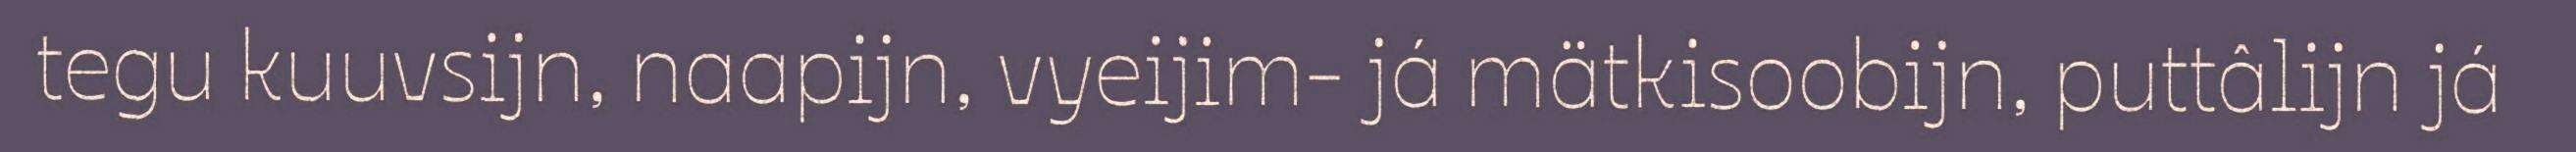
tegu kuuvsijn, naapijn, vyeijim- já mätkisoobijn, puttâlijn já